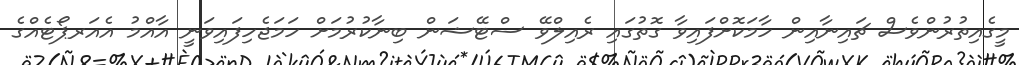
މީގެއިތުރުންވެސް ޗައިނާއިން ހާމަކޮށްފައިވާ ގޮތުގައި ރެއިލްވޭ ސްޓޭޝަން ބިނާކުރުމަށް ހަމަޖެހިފައިވަނީ އާއްމު އެއަރޕޯޓެއްގެ